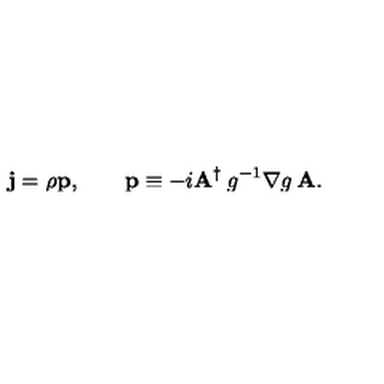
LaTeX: { \bf j } = \rho { \bf p } , \qquad { \bf p } \equiv - i { \bf A } ^ { \dagger } \: g ^ { - 1 } \nabla g \: { \bf A } .